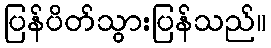
ပြန်ပိတ်သွားပြန်သည်။